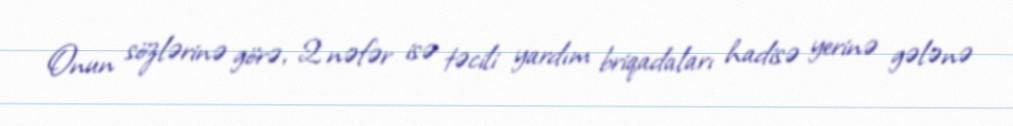
Onun sözlərinə görə, 2 nəfər isə təcili yardım briqadaları hadisə yerinə gələnə